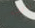
اجرب